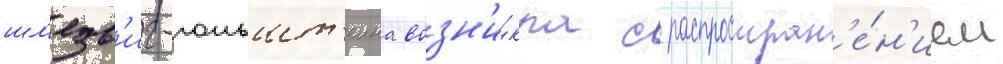
шл'езв'иг-гольшт'еина возн'и́кла с распростран'е́н'ием